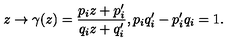
z \rightarrow \gamma ( z ) = \frac { p _ { i } z + p _ { i } ^ { \prime } } { q _ { i } z + q _ { i } ^ { \prime } } , p _ { i } q _ { i } ^ { \prime } - p _ { i } ^ { \prime } q _ { i } = 1 .